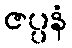
ဇပ္ပနံ